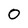
Character: 0